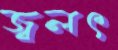
জ্বলৎ